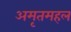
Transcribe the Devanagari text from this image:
अमृतमहल